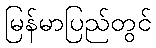
မြန်မာပြည်တွင်